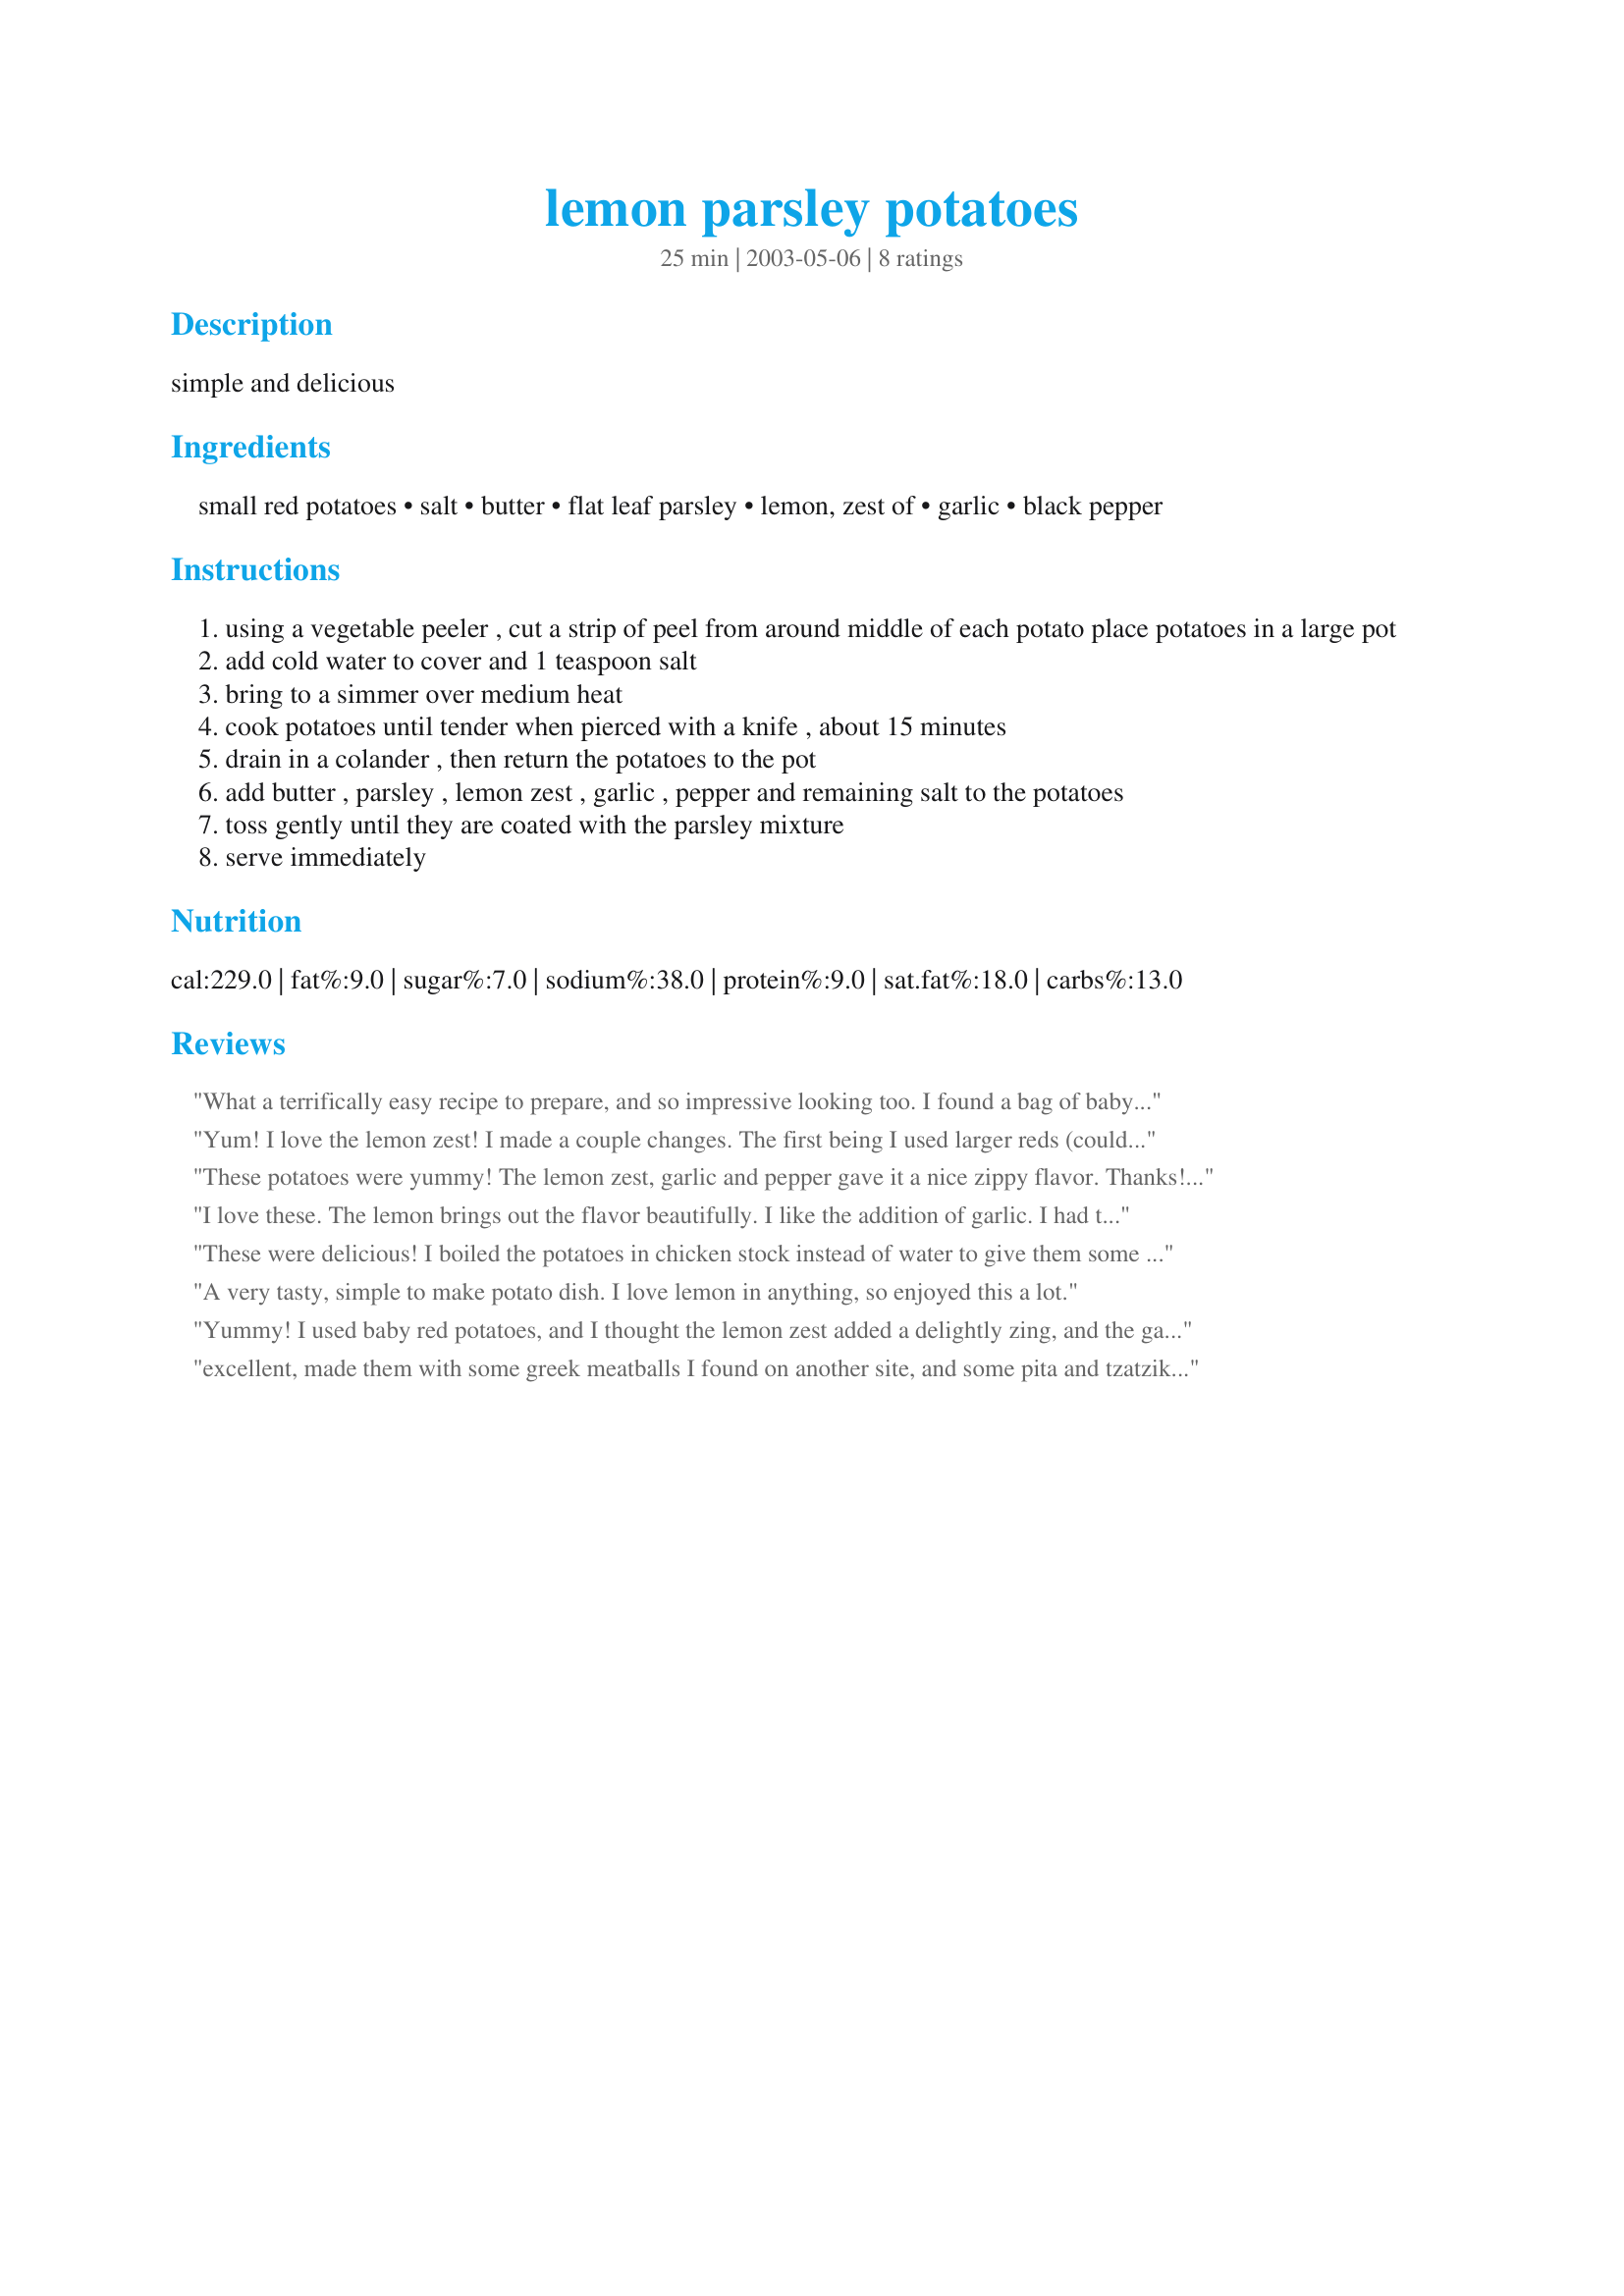
lemon parsley potatoes
Preparation time: 25 minutes

simple and delicious

Ingredients:
small red potatoes, salt, butter, flat leaf parsley, lemon, zest of, garlic, black pepper

Steps:
using a vegetable peeler , cut a strip of peel from around middle of each potato place potatoes in a large pot
add cold water to cover and 1 teaspoon salt
bring to a simmer over medium heat
cook potatoes until tender when pierced with a knife , about 15 minutes
drain in a colander , then return the potatoes to the pot
add butter , parsley , lemon zest , garlic , pepper and remaining salt to the potatoes
toss gently until they are coated with the parsley mixture
serve immediately

Reviews:
What a terrifically easy recipe to prepare, and so impressive looking too. I found a bag of baby mixed potatoes (white, red and blue) and thought they would be perfect for this. Hmmmm, I bet adding some baby carrots in there too would be good. Thanks for sharing your recipe. Made for the March Herb/Spice of the Month in the Gardening Forum
Yum! I love the lemon zest! I made a couple changes. The first being I used larger reds (couldnt find small) and cut them into large cubes. After tossing them with the butter and herbs I threw them into the oven to roast for a few minutes next to her Easy Poached Salmon recipe. They tasted great before roasting as well. Excellent! Will be making often.
These potatoes were yummy! The lemon zest, garlic and pepper gave it a nice zippy flavor. Thanks! I didn't have quite enough red potatoes, so I added some cut up Idaho potatoes.
I love these. The lemon brings out the flavor beautifully. I like the addition of garlic. I had this recipe, but the garlic adds that little extra flavor. Thanks!
These were delicious! I boiled the potatoes in chicken stock instead of water to give them some flavor from the outset, and I added the juice from the lemons I zested, too. Make sure you taste one and adjust for seasonings before you serve them - I found that they needed a bit more salt than called for to really bring out the flavors.
A very tasty, simple to make potato dish. I love lemon in anything, so enjoyed this a lot.
Yummy! I used baby red potatoes, and I thought the lemon zest added a delightly zing, and the garlic was a must for us. What a great way to dress up potatoes. Thanks for sharing your recipe, Miraklegirl.
excellent, made them with some greek meatballs I found on another site, and some pita and tzatziki. will do these again
